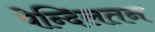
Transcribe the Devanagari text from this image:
पेन्दिलतन